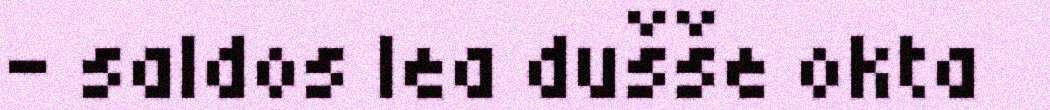
– saldos lea dušše okta